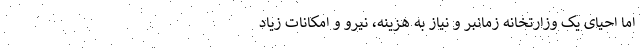
اما احیای یک وزارتخانه زمانبر و نیاز به هزینه‌، نیرو و امکانات زیاد